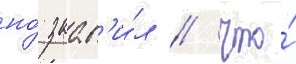
но́ заав'и́л / что́